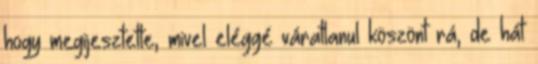
hogy megijesztette, mivel eléggé váratlanul köszönt rá, de hát